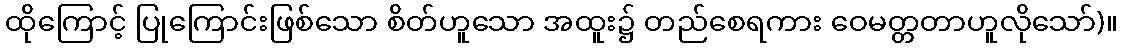
ထိုကြောင့် ပြုကြောင်းဖြစ်သော စိတ်ဟူသော အထူး၌ တည်စေရကား ဝေမတ္တတာဟူလိုသော်)။